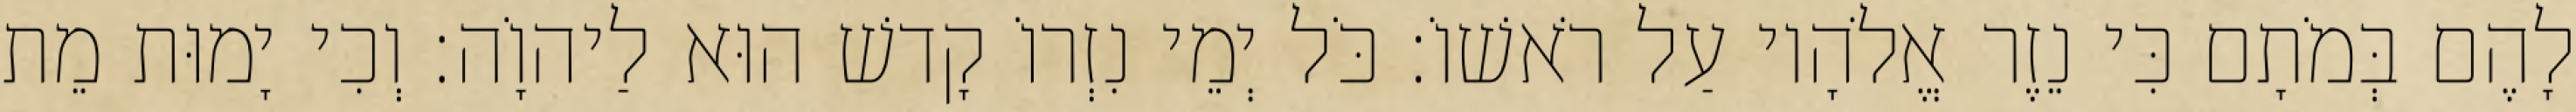
לָהֶם בְּמֹתָם כִּי נֵזֶר אֱלֹהָיו עַל רֹאשׁוֹ׃ כֹּל יְמֵי נִזְרוֹ קָדשׁ הוּא לַיהוָֹה׃ וְכִי יָמוּת מֵת